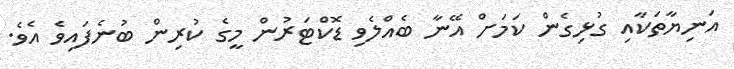
އަނިޔާތަކާއި ގުޅިގެން ކަމަށް އޭނާ ބެއްލެވި ޑޮކްޓަރުން މީގެ ކުރިން ބުނެފައިވެ އެވެ.